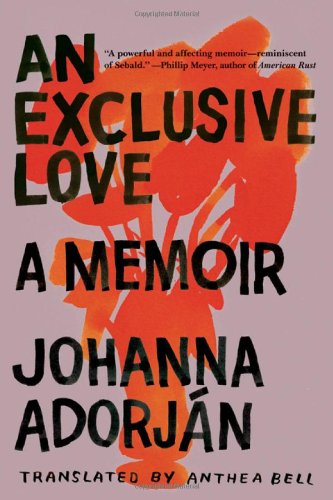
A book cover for An Exclusive Love: A Memoir; Johanna AdorjÃ¡n; Biographies & Memoirs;